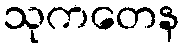
သုကတေန